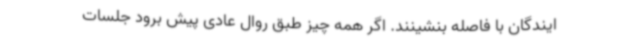
ایندگان با فاصله بنشینند. اگر همه چیز طبق روال عادی پیش برود جلسات